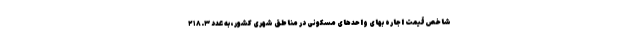
شاخص قیمت اجاره بهای واحدهای مسکونی در مناطق شهری کشور، به عدد ٢١٨.٣